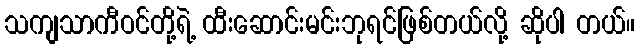
သကျသာကီဝင်တို့ရဲ့ ထီးဆောင်းမင်းဘုရင်ဖြစ်တယ်လို့ ဆိုပါ တယ်။